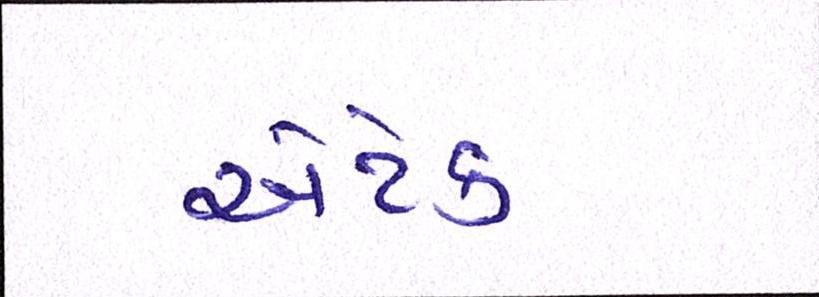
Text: એટેક